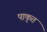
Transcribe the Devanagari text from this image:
पाकृत